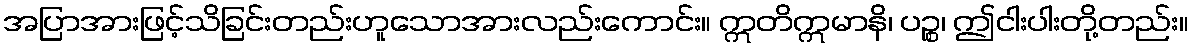
အပြာအားဖြင့်သိခြင်းတည်းဟူသောအားလည်းကောင်း။ ဣတိဣမာနိ၊ ပဉ္စ၊ ဤငါးပါးတို့တည်း။